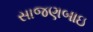
સાજણબાઇ